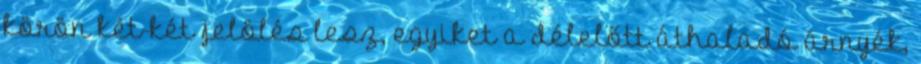
körön két-két jelölés lesz, egyiket a délelőtt áthaladó árnyék,